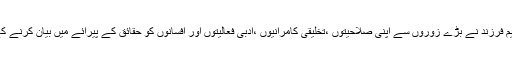
نابغہ روزگار مرثیہ نگار،ممتاز دانشور حضرت صبا اکبر آبادی کے اس عظیم فرزند نے بڑے زوروں سے اپنی صلاحیتوں ،تخلیقی کامرانیوں ،ادبی فعالیتوں اور افسانوں کو حقائق کے پیرائے میں بیان کرنے کے معجز نما اسلوب اور زبان و بیان پر اپنی خلاقانہ دسترس کا لوہا منوایا ہے۔